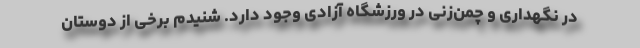
در نگهداری و چمن‌زنی در ورزشگاه آزادی وجود دارد. شنیدم برخی از دوستان